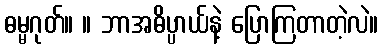
ဓမ္မဂုတ်။ ။ ဘာအဓိပ္ပာယ်နဲ့ ပြောကြတာတဲ့လဲ။